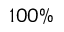
1 0 0 \%